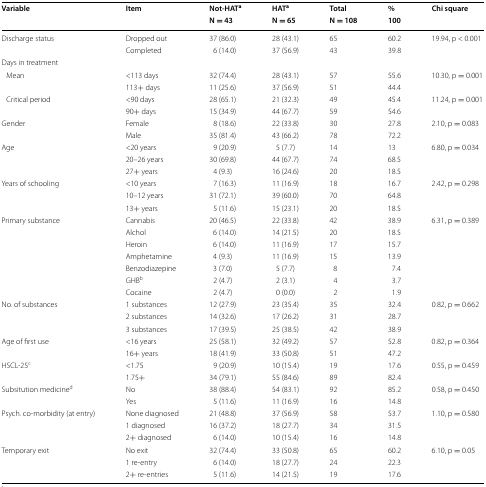
<table><thead><tr><td rowspan="2"><b>Variable</b></td><td rowspan="2"><b>Item</b></td><td><b>Not-HAT<sup>a</sup></b></td><td><b>HAT<sup>a</sup></b></td><td><b>Total</b></td><td><b>%</b></td><td rowspan="2"><b>Chi square</b></td></tr><tr><td><b>N = 43</b></td><td><b>N = 65</b></td><td><b>N = 108</b></td><td><b>100</b></td></tr></thead><tbody><tr><td rowspan="2">Discharge status</td><td>Dropped out</td><td>37 (86.0)</td><td>28 (43.1)</td><td>65</td><td>60.2</td><td rowspan="2">19.94, p &lt; 0.001</td></tr><tr><td>Completed</td><td>6 (14.0)</td><td>37 (56.9)</td><td>43</td><td>39.8</td></tr><tr><td colspan="7">Days in treatment</td></tr><tr><td rowspan="2"> Mean</td><td>&lt;113 days</td><td>32 (74.4)</td><td>28 (43.1)</td><td>57</td><td>55.6</td><td rowspan="2">10.30, p = 0.001</td></tr><tr><td>113+ days</td><td>11 (25.6)</td><td>37 (56.9)</td><td>51</td><td>44.4</td></tr><tr><td rowspan="2"> Critical period</td><td>&lt;90 days</td><td>28 (65.1)</td><td>21 (32.3)</td><td>49</td><td>45.4</td><td rowspan="2">11.24, p = 0.001</td></tr><tr><td>90+ days</td><td>15 (34.9)</td><td>44 (67.7)</td><td>59</td><td>54.6</td></tr><tr><td rowspan="2">Gender</td><td>Female</td><td>8 (18.6)</td><td>22 (33.8)</td><td>30</td><td>27.8</td><td rowspan="2">2.10, p = 0.083</td></tr><tr><td>Male</td><td>35 (81.4)</td><td>43 (66.2)</td><td>78</td><td>72.2</td></tr><tr><td rowspan="3">Age</td><td>&lt;20 years</td><td>9 (20.9)</td><td>5 (7.7)</td><td>14</td><td>13</td><td rowspan="3">6.80, p = 0.034</td></tr><tr><td>20–26 years</td><td>30 (69.8)</td><td>44 (67.7)</td><td>74</td><td>68.5</td></tr><tr><td>27+ years</td><td>4 (9.3)</td><td>16 (24.6)</td><td>20</td><td>18.5</td></tr><tr><td rowspan="3">Years of schooling</td><td>&lt;10 years</td><td>7 (16.3)</td><td>11 (16.9)</td><td>18</td><td>16.7</td><td rowspan="3">2.42, p = 0.298</td></tr><tr><td>10–12 years</td><td>31 (72.1)</td><td>39 (60.0)</td><td>70</td><td>64.8</td></tr><tr><td>13+ years</td><td>5 (11.6)</td><td>15 (23.1)</td><td>20</td><td>18.5</td></tr><tr><td rowspan="7">Primary substance</td><td>Cannabis</td><td>20 (46.5)</td><td>22 (33.8)</td><td>42</td><td>38.9</td><td rowspan="7">6.31, p = 0.389</td></tr><tr><td>Alchol</td><td>6 (14.0)</td><td>14 (21.5)</td><td>20</td><td>18.5</td></tr><tr><td>Heroin</td><td>6 (14.0)</td><td>11 (16.9)</td><td>17</td><td>15.7</td></tr><tr><td>Amphetamine</td><td>4 (9.3)</td><td>11 (16.9)</td><td>15</td><td>13.9</td></tr><tr><td>Benzodiazepine</td><td>3 (7.0)</td><td>5 (7.7)</td><td>8</td><td>7.4</td></tr><tr><td>GHB<sup>b</sup></td><td>2 (4.7)</td><td>2 (3.1)</td><td>4</td><td>3.7</td></tr><tr><td>Cocaine</td><td>2 (4.7)</td><td>0 (0.0)</td><td>2</td><td>1.9</td></tr><tr><td rowspan="3">No. of substances</td><td>1 substances</td><td>12 (27.9)</td><td>23 (35.4)</td><td>35</td><td>32.4</td><td rowspan="3">0.82, p = 0.662</td></tr><tr><td>2 substances</td><td>14 (32.6)</td><td>17 (26.2)</td><td>31</td><td>28.7</td></tr><tr><td>3 substances</td><td>17 (39.5)</td><td>25 (38.5)</td><td>42</td><td>38.9</td></tr><tr><td rowspan="2">Age of first use</td><td>&lt;16 years</td><td>25 (58.1)</td><td>32 (49.2)</td><td>57</td><td>52.8</td><td rowspan="2">0.82, p = 0.364</td></tr><tr><td>16+ years</td><td>18 (41.9)</td><td>33 (50.8)</td><td>51</td><td>47.2</td></tr><tr><td rowspan="2">HSCL-25<sup>c</sup></td><td>&lt;1.75</td><td>9 (20.9)</td><td>10 (15.4)</td><td>19</td><td>17.6</td><td rowspan="2">0.55, p = 0.459</td></tr><tr><td>1.75+</td><td>34 (79.1)</td><td>55 (84.6)</td><td>89</td><td>82.4</td></tr><tr><td rowspan="2">Subsitution medicine<sup>d</sup></td><td>No</td><td>38 (88.4)</td><td>54 (83.1)</td><td>92</td><td>85.2</td><td rowspan="2">0.58, p = 0.450</td></tr><tr><td>Yes</td><td>5 (11.6)</td><td>11 (16.9)</td><td>16</td><td>14.8</td></tr><tr><td rowspan="3">Psych. co-morbidity (at entry)</td><td>None diagnosed</td><td>21 (48.8)</td><td>37 (56.9)</td><td>58</td><td>53.7</td><td rowspan="3">1.10, p = 0.580</td></tr><tr><td>1 diagnosed</td><td>16 (37.2)</td><td>18 (27.7)</td><td>34</td><td>31.5</td></tr><tr><td>2+ diagnosed</td><td>6 (14.0)</td><td>10 (15.4)</td><td>16</td><td>14.8</td></tr><tr><td rowspan="3">Temporary exit</td><td>No exit</td><td>32 (74.4)</td><td>33 (50.8)</td><td>65</td><td>60.2</td><td rowspan="3">6.10, p = 0.05</td></tr><tr><td>1 re-entry</td><td>6 (14.0)</td><td>18 (27.7)</td><td>24</td><td>22.3</td></tr><tr><td>2+ re-entries</td><td>5 (11.6)</td><td>14 (21.5)</td><td>19</td><td>17.6</td></tr></tbody></table>